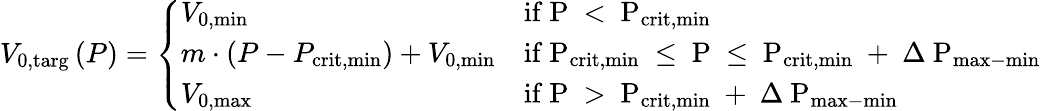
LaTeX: V_{\mathrm{0,targ}}\left(P\right)=\left\{ \begin{array}{ll}{V_{\mathrm{0,min}}}&{\mathrm{if~P~<~P_{\mathrm{crit,min}}~}}\\ {m\cdot\left(P-P_{\mathrm{crit,min}}\right)+V_{\mathrm{0,min}}}&{\mathrm{if~P_{\mathrm{crit,min}}~\leq~P~\leq~P_{\mathrm{crit,min}}~+~\Delta~P_{\mathrm{max-min}}~}}\\ {V_{\mathrm{0,max}}}&{\mathrm{if~P~>~P_{\mathrm{crit,min}}~+~\Delta~P_{\mathrm{max-min}}~}}\end{array}\right.